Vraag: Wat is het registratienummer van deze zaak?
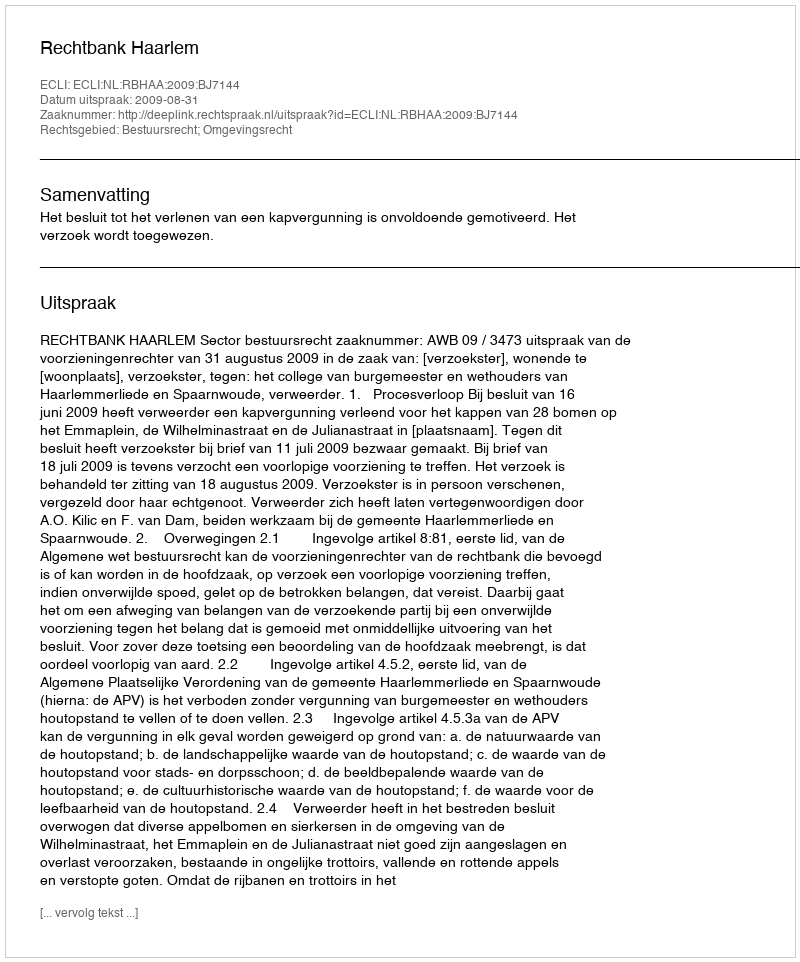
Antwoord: http://deeplink.rechtspraak.nl/uitspraak?id=ECLI:NL:RBHAA:2009:BJ7144